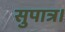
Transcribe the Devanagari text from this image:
सुपात्र।